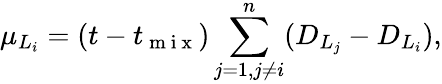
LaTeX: \mu_{L_{i}}=(t-t_{\mathrm{~m~i~x~}})\sum_{j=1,j\neq i}^{n}(D_{L_{j}}-D_{L_{i}}),